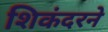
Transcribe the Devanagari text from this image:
शिकंदरने